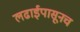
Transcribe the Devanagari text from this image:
लढाईपासूनच